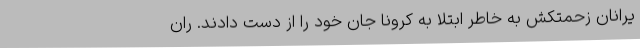
یرانان زحمتکش به خاطر ابتلا به کرونا جان خود را از دست دادند. ران